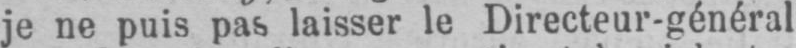
je ne puis pas, laisser le Directeur-général